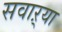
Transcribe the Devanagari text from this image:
सवाऱ्या